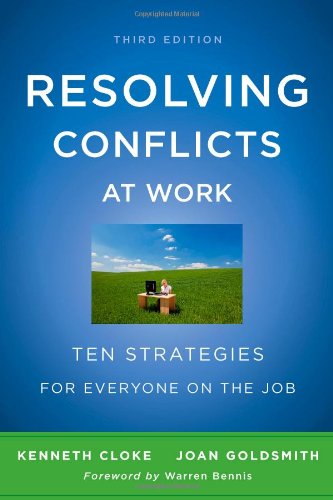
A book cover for Resolving Conflicts at Work: Ten Strategies for Everyone on the Job; Kenneth Cloke; Parenting & Relationships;